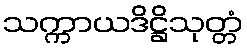
သက္ကာယဒိဋ္ဌိသုတ္တံ